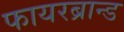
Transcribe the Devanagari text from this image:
फायरब्रान्ड